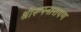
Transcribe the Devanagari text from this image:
श्रीरूपनारायण